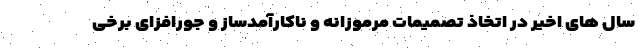
سال های اخیر در اتخاذ تصمیمات مرموزانه و ناکارآمدساز و جورافزای برخی